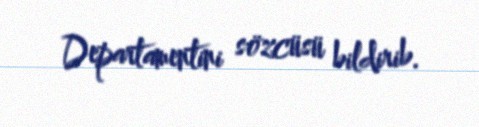
Departamentini sözcüsü bildirib.